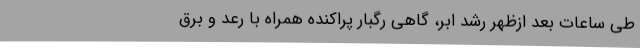
طی ساعات بعد ازظهر رشد ابر، گاهی رگبار پراکنده همراه با رعد و برق